Uue-Poltsamaa_vallakohus, lk 72
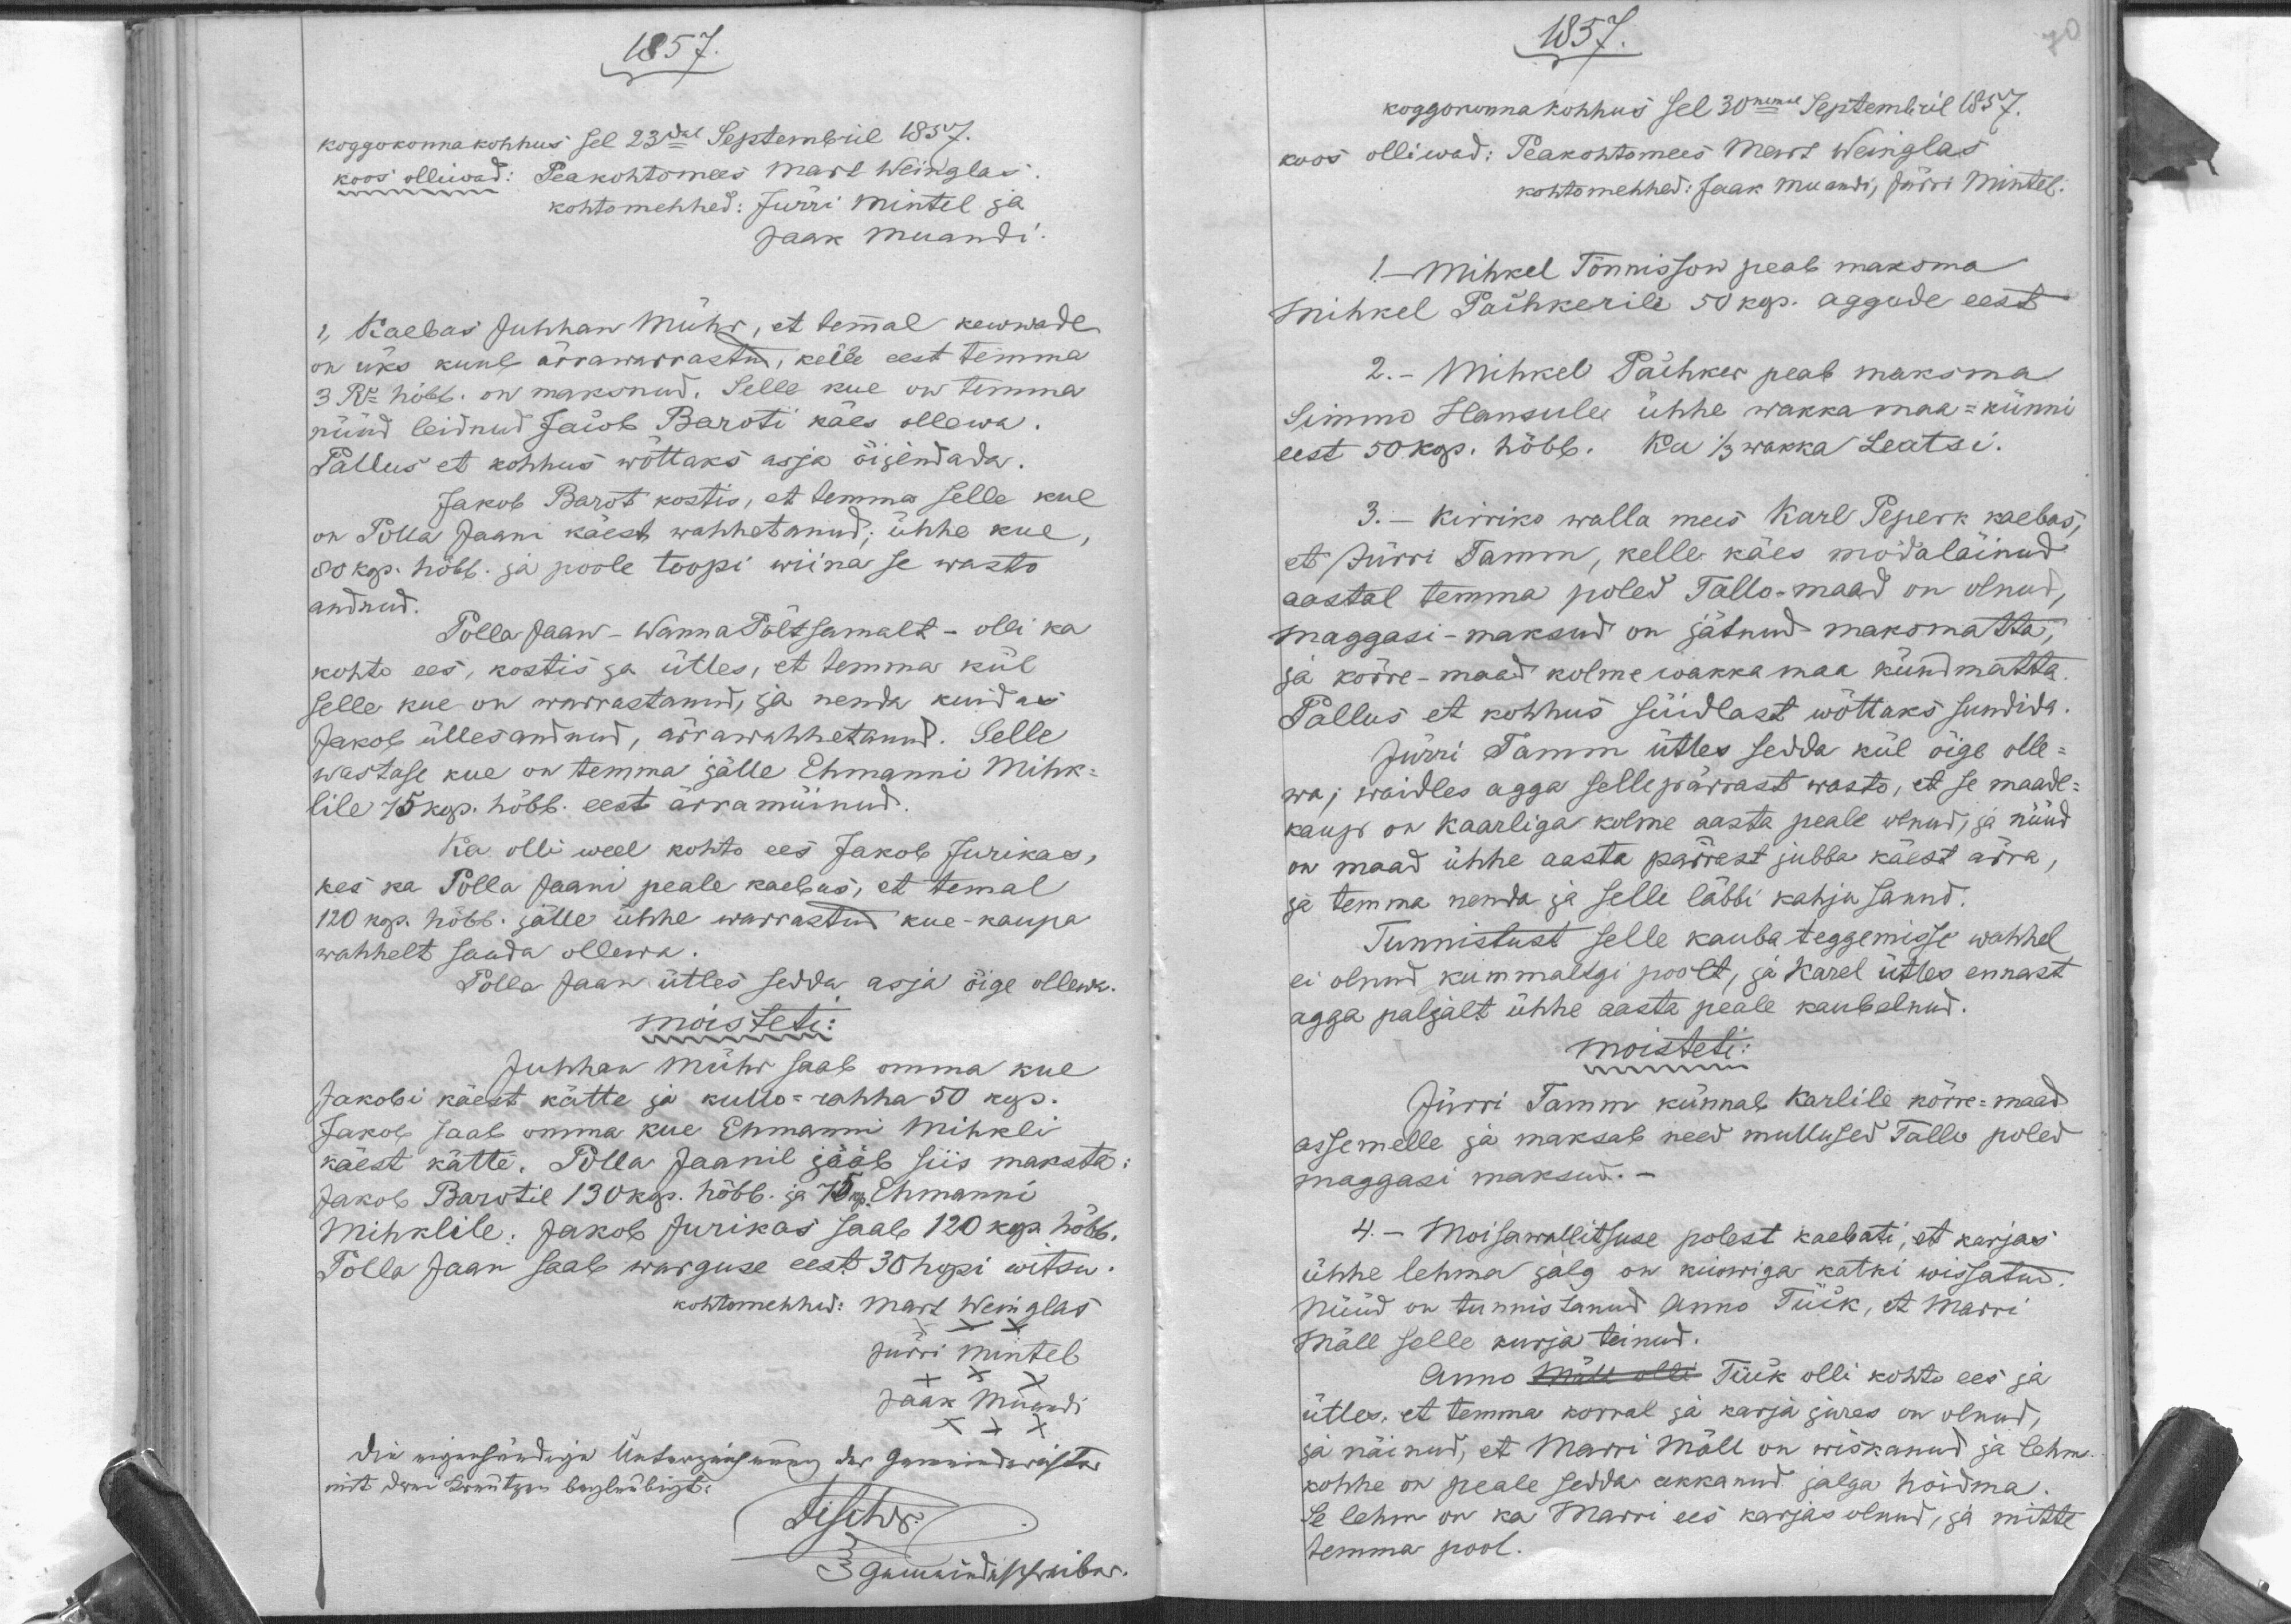
1857.
koggokonnakohhus sel 23dal Septembril 1857.
koos olliwad. Peakohtomees Mart Weinglas
kohtomehhed: Jürri Mintel ja
Jaak Muandi
1, Kaebas Juhhan Mühr, et temmal kewwade
on üks kuue ärrawarrastud, kelle eest temma
3 Ru hõbb. on maksnud. Selle kue on temma
nüüd leidnud Jacob Baroti käes ollewa.
Pallus et kohhus wõttaks asja õijendada.
Jakob Barot kostis, et temma selle kue
on Polla Jaani käest wahhetanud, ühhe kue,
30 kop. hõbb. ja poole toopi wiina se wasto
andnud.
Polla Jaan - Wanna Põltsamalt - olli ka
kohto ees, kostis ja ütles, et temma kül
selle kue on warrastanud ja nenda kuidas
Jakob üllesandnud, ärrawahhetanud. Selle
wastase kue on temma jälle Ehmanni Mihk-
lile 75kop. hõbb. eest ärra müinud.
Ka olli weel kohto ees Jakob Jurikas,
kes ka Polla Jaani peale kaebas, et temal
120 kop. hõbb. jälle ühhe warrastud kue kaupa
wahhelt saada ollewa.
Polla Jaan ütles sedda asja õige ollewa.
moisteti:
Juhhan Mühr saab omma kue
Jakobi käest kätte ja kullo-rahha 50 kop
Jakob saab omma kue Ehmanni Mihkli
käest kätte. Polla Jaanil jääb siis maksta:
Jakob Barotile 130 kop. hõbb. ja 15 kop. Ehmanni
Mihklile. Jakob Jurikas saab 120 kop. hõbb.
Polla Jaan saab warguse eest 30 hopi witsu.
kohtomehhed Mart Weinglas
Jürri Mintel
Jaak Muandi

1857.
koggokonnakohhus sel 30nemal Septembril 1857.
koos olliwad: Peakohtomees Mart Weinglas
kohtomehhed: Jaak Muandi, Jürri Mintel.
1 - Mihkel Tõnnisson peab maksma.
Mihkel Paihkerile 50kop. aggude eest
2. - Mihkel Paihker peab maksma
Simmo Hansule ühhe wakka maa-künni
ka 1/3 wakka Leatsi.
eest 50 kop. hõbb.
3. - Kirriko walla mees Karl Peperk kaebas,
et Jürri Tamm, kelle käes mödaläinud
aastal temma poled Tallo-maad on olnud,
maggasi-maksud on jätnud maksmatta
ja kõrremaad kolmewakka maa kündmatta.
Pallus et kohhus süidlast wõttaks sundida.
Jürri Tamm ütles sedda kül õige olle-
wa, waidles agga selle pärrast wasto, et se maade-
kaup on Kaarliga kolme aasta peale olnud, ja nüüd
on maad ühhe aasta pärrast jubba käest ärra,
ja temma nenda ja selle läbbi kahju sannd.
Tunnistust selle kauba teggemisse wahhel
ei olnud kummaltgi poolt, ja Karel ütles ennast
agga paljalt ühhe aasta peale kaubelnud.
moisteti:
Jürri Tamm künnab Karlile kõrre-maad
assemelle ja maksab need mullused Tallo poled
maggasi maksud.
4. - Moisawalitsuse polest kaebati, et karjas
ühhe lehma jalg on künniga katki wissatud.
Nüüd on tunnistanud Anno Tüik, et Marri
Mäll selle kurja teinud.
Anno Mäll olli Tüik olli kohto ees ja
ütles, et temma korral ja karja jures on olnud,
ja näinud, et Marri Mäll on wiskanud ja lehm
kohhe on peale sedda akkanud jalga hoidma.
Se lehm on ka Marri ees karjas olnud, ja mitte
temma pool.